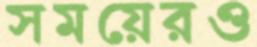
সময়েরও